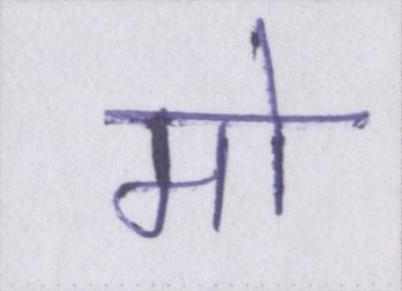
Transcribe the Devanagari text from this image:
मो